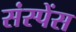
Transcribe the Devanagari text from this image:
संस्पेंस